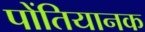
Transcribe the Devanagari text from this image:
पोंतियानक